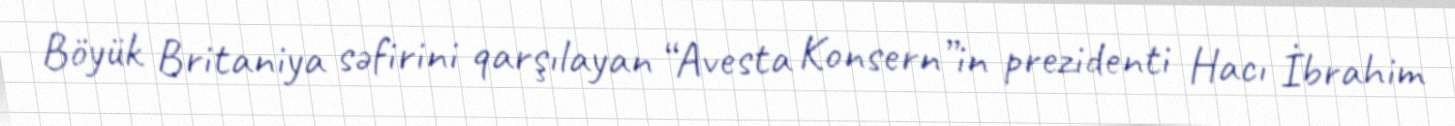
Böyük Britaniya səfirini qarşılayan “Avesta Konsern”in prezidenti Hacı İbrahim